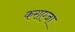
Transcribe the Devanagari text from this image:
कराएजा